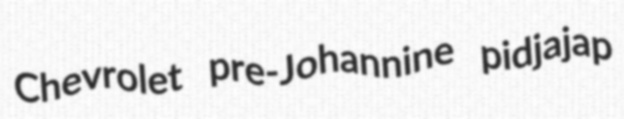
Chevrolet pre-Johannine pidjajap